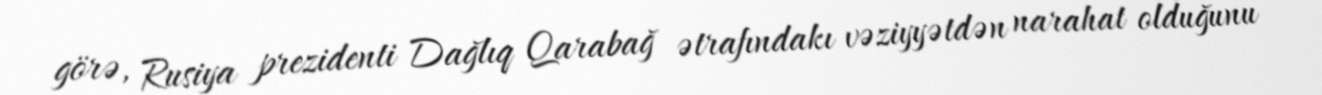
görə, Rusiya prezidenti Dağlıq Qarabağ ətrafındakı vəziyyətdən narahat olduğunu